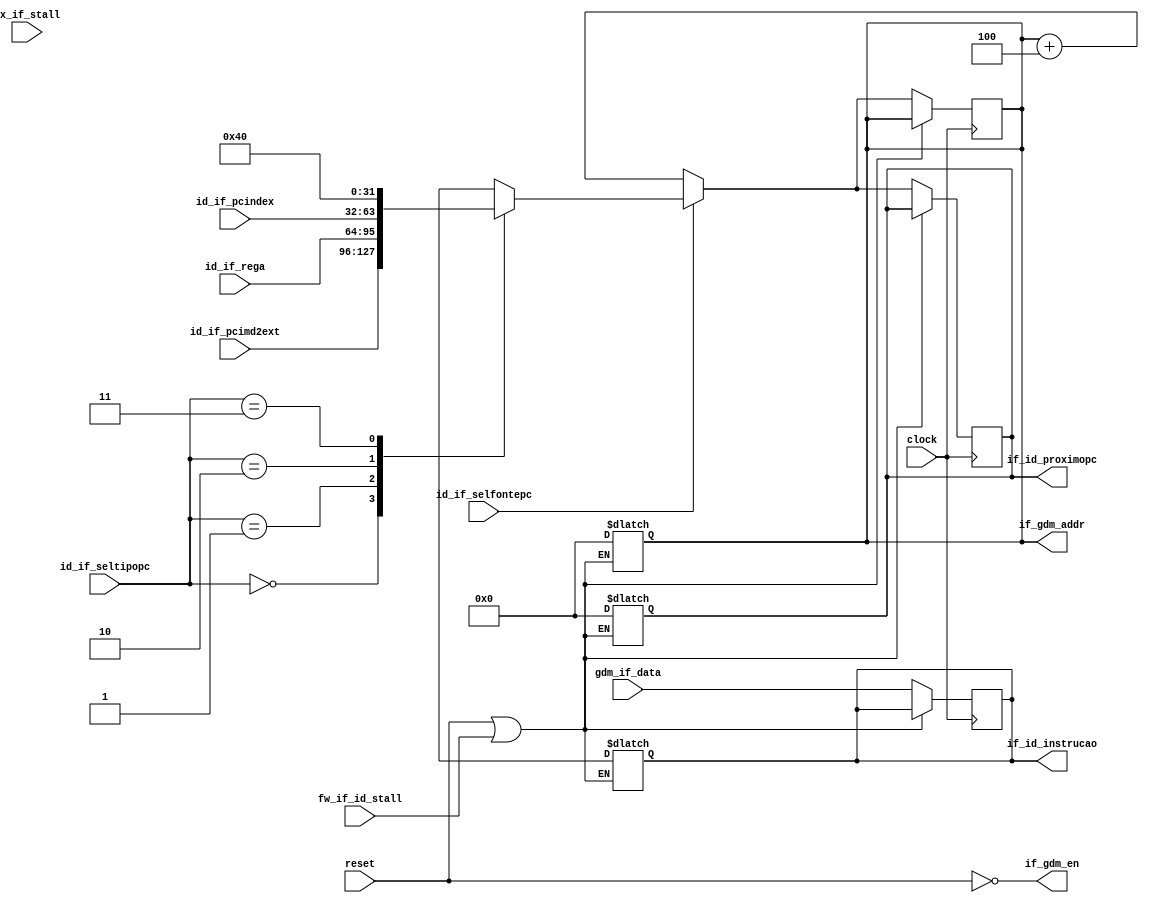
module Fetch (

	input             clock ,
	input             reset ,

	// Execute
	input             ex_if_stall ,

	// Forwarding
	input             fw_if_id_stall ,

	// Decode
	output reg [31:0] if_id_proximopc ,
	output reg [31:0] if_id_instrucao ,
	input             id_if_selfontepc ,
	input      [31:0] id_if_rega ,
	input      [31:0] id_if_pcimd2ext ,
	input      [31:0] id_if_pcindex ,
	input       [1:0] id_if_seltipopc ,

	// GDM
	output            if_gdm_en ,
	output     [31:0] if_gdm_addr ,
	input      [31:0] gdm_if_data
	);

	reg        [31:0] pc ;
   
	assign if_gdm_en = ~reset;
	assign if_gdm_addr = pc;
	
	always @(reset or fw_if_id_stall) begin
		if(reset || fw_if_id_stall) begin
       		pc[31:0] =  32'b0;
    		if_id_proximopc[31:0]  = 32'b0;
    		if_id_instrucao[31:0]  = 32'bx;
		end	
	end

	always@(negedge clock)
	begin
        if(~(reset || fw_if_id_stall))
        begin
			if_id_instrucao = gdm_if_data; // passa a instrucao para o id da instrucao
		
			//se o pc ser incrementado ou se vir de outro estagio
			if( id_if_selfontepc == 1'b0 )
			begin
				pc = pc + 4;
			end
			else
			begin
				 case(id_if_seltipopc)
						2'b00: pc = id_if_pcimd2ext;
						2'b01: pc = id_if_rega;
						2'b10: pc = id_if_pcindex;
						2'b11: pc = 32'd64;
				 endcase
			end
			if_id_proximopc = pc;
		end	
	end//end always
endmodule